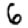
Digit: 6